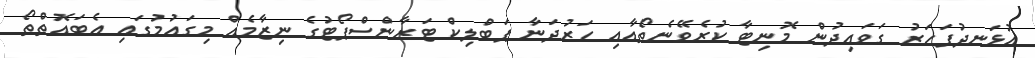
އުޅަނދުފަހަރު ގަވައިދުން މޮނިޓާ ކުރެވޭނެތޯއާއި ހަރުދަނާ ޕަބްލިކް ޓަރާންސްޕޯޓުގެ ނިޒާމެއް މިގައުމުގައި އެބައޮތްތޯ